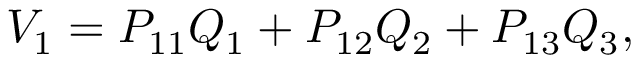
V _ { 1 } = P _ { 1 1 } Q _ { 1 } + P _ { 1 2 } Q _ { 2 } + P _ { 1 3 } Q _ { 3 } ,